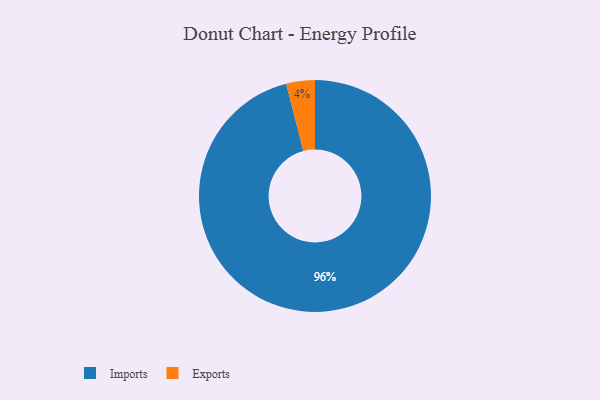
{"axis": {"x": "Category", "y": "Percentage"}, "legend": ["Exports", "Imports"], "data": [{"x": "Imports", "y": 96, "type": "Imports"}, {"x": "Exports", "y": 4, "type": "Exports"}]}